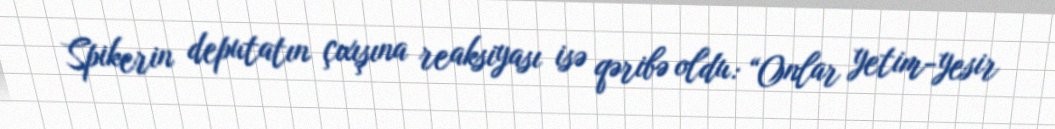
Spikerin deputatın çıxışına reaksiyası isə qəribə oldu: “Onlar yetim-yesir